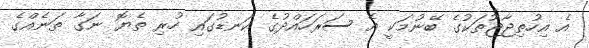
އެ އިހުތިޖާޖުތަކުގެ ބޭނުމަކީ އެ ސަރަހައްދުގެ ކަނޑުގައި ހުރި ތެޔޮ ނަގާ ތަނެއްގެ